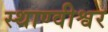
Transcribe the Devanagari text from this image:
स्थाण्वीश्वर